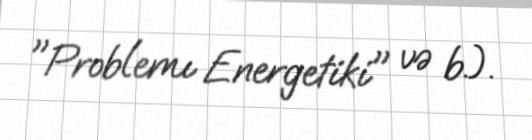
"Problemı Energetiki" və b.).